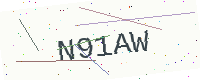
Text: N91AW